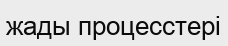
жады процесстері